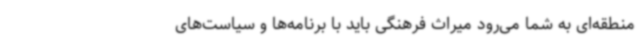
منطقه‌ای به شما می‌رود میراث فرهنگی باید با برنامه‌ها و سیاست‌های